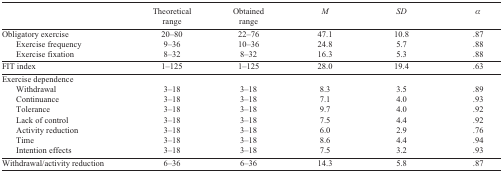
|  | Theoretical range | Obtained range | M | SD | a |
 | --- | --- | --- | --- | --- | --- |
 | Obligatory exercise | 20–80 | 22–76 | 47.1 | 10.8 | .87 |
 | Exercise frequency | 9–36 | 10–36 | 24.8 | 5.7 | .88 |
 | Exercise fixation | 8–32 | 8–32 | 16.3 | 5.3 | .88 |
 | FIT index | 1–125 | 1–125 | 28 0 | 19.4 | .63 |
 | Exercise dependence |  |  |  |  |  |
 | Withdrawal | 3–18 | 3–18 | 8.3 | 3.5 | .89 |
 | Continuance | 3–18 | 3–18 | 7.1 | 4.0 | .93 |
 | Tolerance | 3–18 | 3–18 | 9.7 | 4.0 | .92 |
 | Lack of control | 3–18 | 3–18 | 7.5 | 4.4 | .92 |
 | Activity reduction | 3–18 | 3–18 | 6.0 | 2.9 | .76 |
 | Time | 3–18 | 3–18 | 8.6 | 4.4 | .94 |
 | Intention effects | 3–18 | 3–18 | 7.5 | 3.2 | .93 |
 | Withdrawal/activity reduction | 6–36 | 6–36 | 14.3 | 5.8 | .87 |